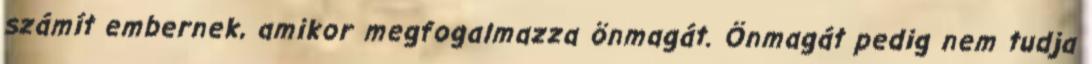
számít embernek, amikor megfogalmazza önmagát. Önmagát pedig nem tudja